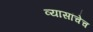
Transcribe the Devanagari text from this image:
व्यासांचेच